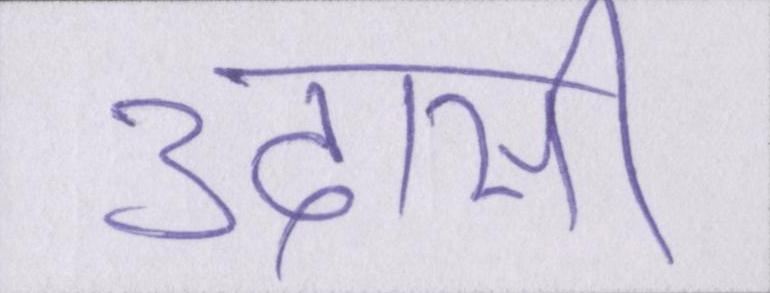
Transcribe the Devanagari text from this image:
उदासी